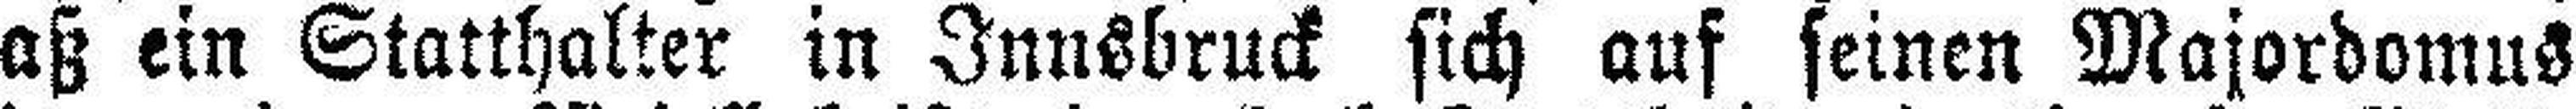
daß ein Statthalter in Innsbruck sich auf seinen Majordomus